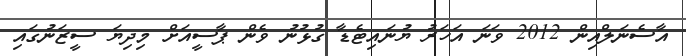
އާސެނަލްއިން 2012 ވަނަ އަހަރު ޔުނައިޓެޑާ ގުޅުނު ވެން ޕާސީއަށް މިދިޔަ ސީޒަނުގައި